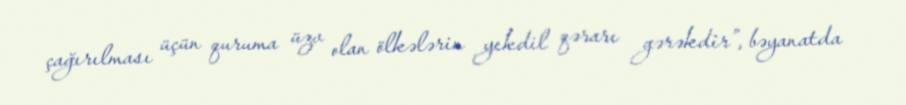
çağırılması üçün quruma üzv olan ölkələrin yekdil qərarı gərəkdir”, bəyanatda